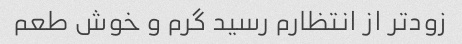
زودتر از انتظارم رسید گرم و خوش طعم